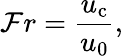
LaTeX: \mathcal{F}r=\frac{u_{\mathrm{c}}}{u_{0}},